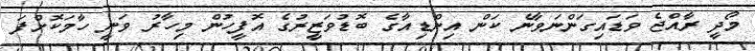
މޯދީ ރާއްޖެ ވަޑައިގަންނަވާނެ ކަން އިންޑިއާގެ ބޮޑުވަޒީރުގެ އޮފީހުން މިހާރު ވަނީ ހާމަކޮށްފަ